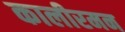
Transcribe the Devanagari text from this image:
कालीरमन